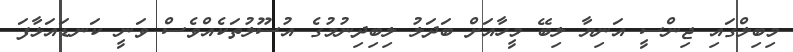
މިބިލްގައި ޖިންސީ އަނިޔާ ލިބޭ މީހާއަށް ބަދަލު ލިބިދިނުމުގެ އުސޫލުތަކެއްވެސް ވަނީ ކަނޑައަޅާފަ